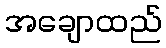
အချောထည်